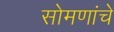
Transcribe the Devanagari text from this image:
सोमणांचे